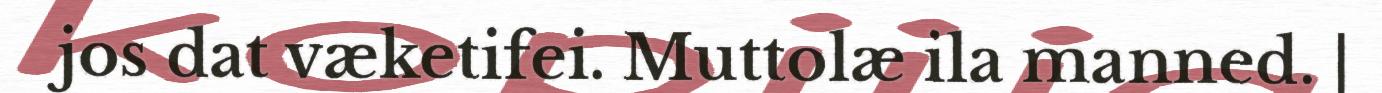
jos dat væketifei. Muttolæ ila manned. |